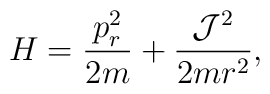
H=\frac{p_r^2}{2m}+\frac{{\cal J}^2}{2mr^2},